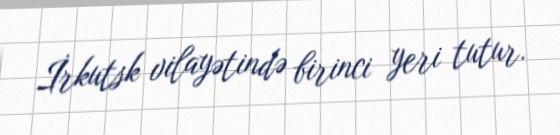
İrkutsk vilayətində birinci yeri tutur.